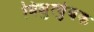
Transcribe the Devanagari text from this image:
विद्युत्चुंबक